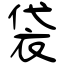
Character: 袋